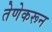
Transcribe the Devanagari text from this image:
तेणेकरून